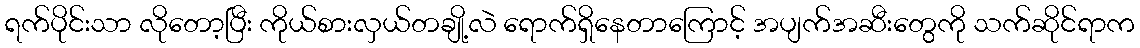
ရက်ပိုင်းသာ လိုတော့ပြီး ကိုယ်စားလှယ်တချို့လဲ ရောက်ရှိနေတာကြောင့် အပျက်အဆီးတွေကို သက်ဆိုင်ရာက